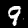
Digit: 9